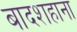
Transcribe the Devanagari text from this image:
बादशहाना